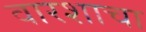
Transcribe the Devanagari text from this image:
वारशाचा